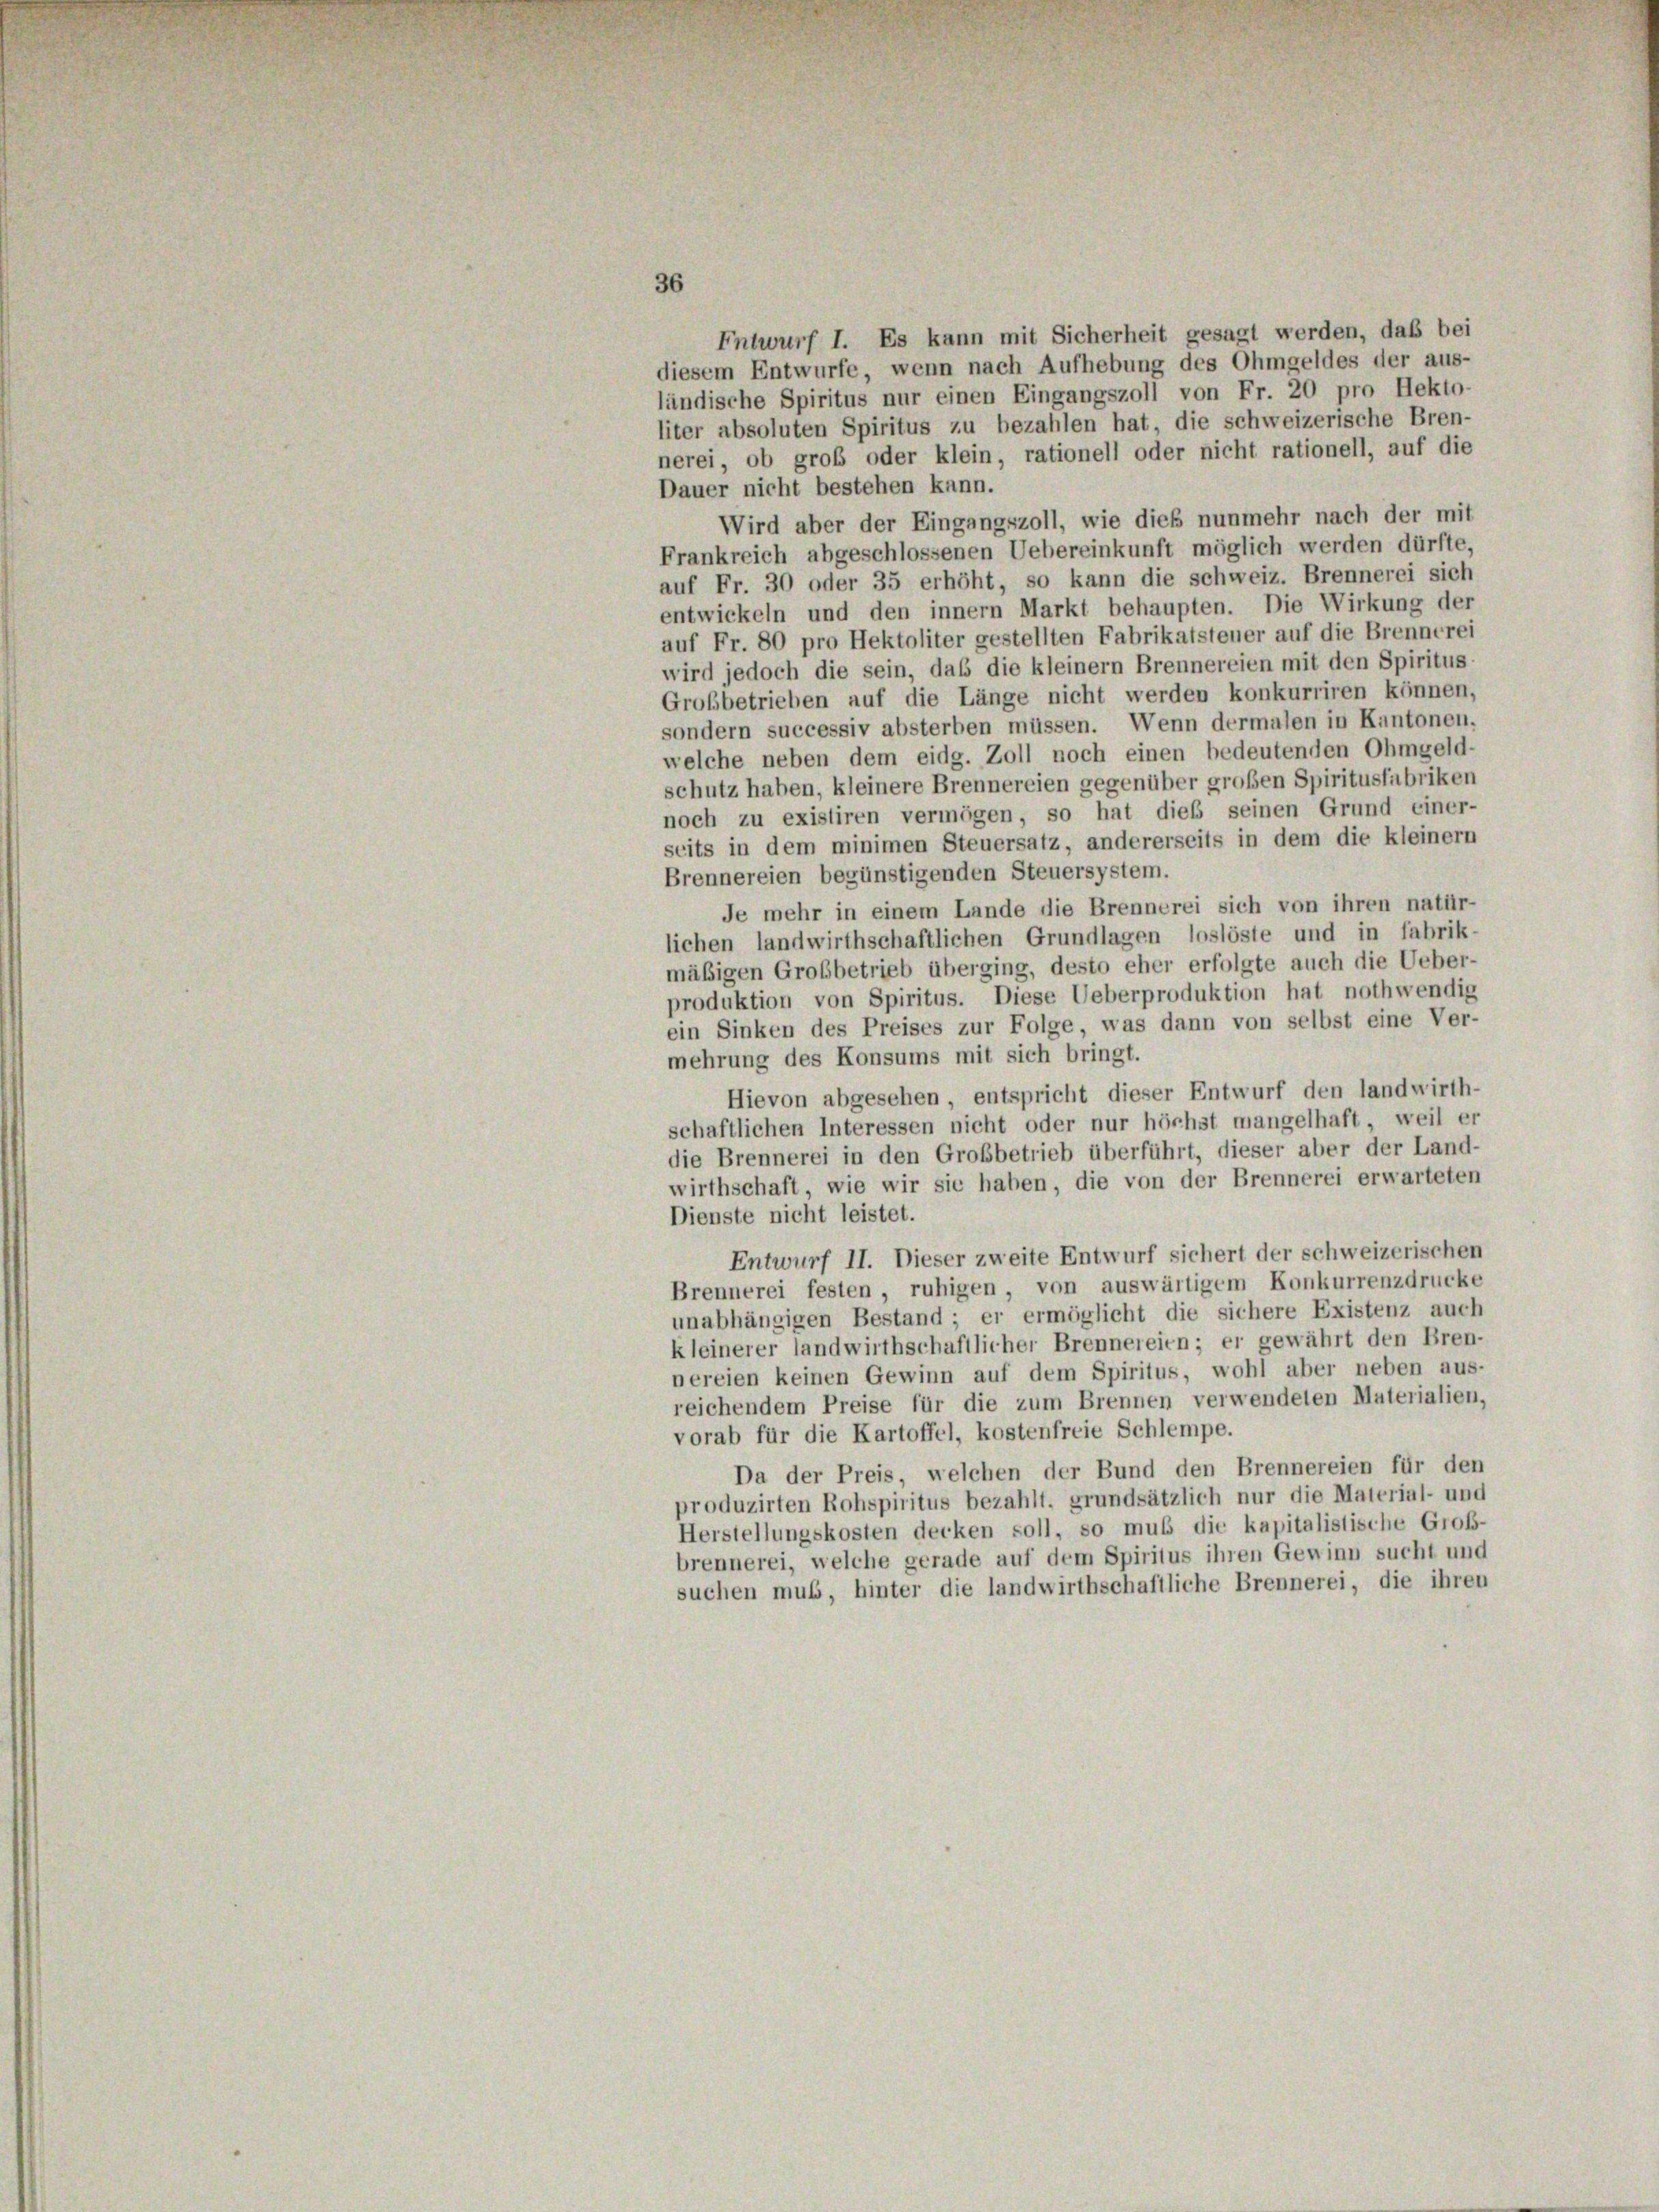
36
Entwurf I. Es kann mit Sicherheit gesagt werden, daß bei
diesem Entwurfe, wenn nach Aufhebung des Ohmgeldes der aus-
ländische Spiritus nur einen Eingangszoll von Fr. 20 pro Hekto-
liter absoluten Spiritus zu bezahlen hat, die schweizerische Bren-
nerei, ob groß oder klein, rationell oder nicht rationell, auf die
Dauer nicht bestehen kann.
Wird aber der Eingangszoll, wie dieß nunmehr nach der mit
Frankreich abgeschlossenen Uebereinkunft möglich werden dürfte,
auf Fr. 30 oder 35 erhöht, so kann die schweiz. Brennerei sich
entwickeln und den innern Markt behaupten. Die Wirkung der
auf Fr. 80 pro Hektoliter gestellten Fabrikatsteuer auf die Brennerei
wird jedoch die sein, daß die kleinem Brennereien mit den Spiritus
Grobbetrieben auf die Länge nicht werden konkurriren können,
sondern successiv absterben müssen. Wenn dermalen in Kantonen,
welche neben dem eidg. Zoll noch einen bedeutenden Ohmgeld-
schutz haben, kleinere Brennereien gegenüber großen Spiritusfabriken
noch zu existiren vermögen, so hat dies seinen Grund einer-
seits in dem minimen Steuersatz, andererseits in dem die kleiner
Brennereien begünstigenden Steuersystem.
Je mehr in einem Lande die Brennerei sich von ihren natür-
lichen landwirthschaftlichen Grundlagen loslöste und in fabrik-
mäßigen Grobbetrieb überging, desto eher erfolgte auch die Ueber-
produktion von Spiritus. Diese Ueberproduktion hat nothwendig
ein Sinken des Preises zur Folge, was dann von selbst eine Ver-
mehrung des Konsums mit sich bringt.
Hievon abgesehen, entspricht dieser Entwurf den landwirth-
schaftlichen Interessen nicht oder nur höchst mangelhaft weil er
die Brennerei in den Grobbetrieb überführt, dieser aber der Land-
wirthschaft, wie wir sie haben, die von der Brennerei erwarteten
Dienste nicht leistet.
Entwurf II. Dieser zweite Entwurf sichert der schweizerischen
Brennerei festen ruhigen, von auswärtigem Konkurrenzdrucke
unabhängigen Bestand; er ermöglicht die sichere Existenz auch
kleinerer landwirthschaftlicher Brennereien; er gewährt den Bren-
nereien keinen Gewinn auf dem Spiritus, wohl aber neben aus-
reichendem Preise für die zum Brennen verwendeten Materialien,
vorab für die Kartoffel, kostenfreie Schlempe.
Da der Preis, welchen der Bund den Brennereien für den
produzirten Rohspiritus bezahlt, grundsätzlich nur die Material- und
Herstellungskosten decken soll, so muß die kapitalistische Groß-
brennerei, welche gerade auf dem Spiritus ihren Gewinn sucht und
suchen muss, hinter die landwirthschaftliche Brennerei, die ihren